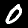
Label: 0